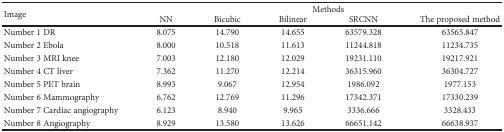
<table><thead><tr><td rowspan="2"><b>Image</b></td><td colspan="5"><b>Methods</b></td></tr><tr><td><b>NN</b></td><td><b>Bicubic</b></td><td><b>Bilinear</b></td><td><b>SRCNN</b></td><td><b>The proposed method</b></td></tr></thead><tbody><tr><td>Number 1 DR</td><td>8.075</td><td>14.790</td><td>14.655</td><td>63579.328</td><td>63565.847</td></tr><tr><td>Number 2 Ebola</td><td>8.000</td><td>10.518</td><td>11.613</td><td>11244.818</td><td>11234.735</td></tr><tr><td>Number 3 MRI knee</td><td>7.003</td><td>12.180</td><td>12.029</td><td>19231.110</td><td>19217.921</td></tr><tr><td>Number 4 CT liver</td><td>7.362</td><td>11.270</td><td>12.214</td><td>36315.960</td><td>36304.727</td></tr><tr><td>Number 5 PET brain</td><td>8.993</td><td>9.067</td><td>12.954</td><td>1986.092</td><td>1977.153</td></tr><tr><td>Number 6 Mammography</td><td>6.762</td><td>12.769</td><td>11.296</td><td>17342.371</td><td>17330.239</td></tr><tr><td>Number 7 Cardiac angiography</td><td>6.123</td><td>8.940</td><td>9.965</td><td>3336.666</td><td>3328.433</td></tr><tr><td>Number 8 Angiography</td><td>8.929</td><td>13.580</td><td>13.626</td><td>66651.142</td><td>66638.937</td></tr></tbody></table>